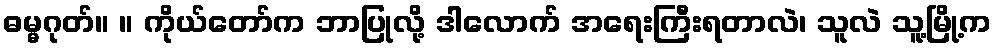
ဓမ္မဂုတ်။ ။ ကိုယ်တော်က ဘာပြုလို့ ဒါလောက် အရေးကြီးရတာလဲ၊ သူလဲ သူ့မြို့က